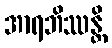
အာရဘိဿန္တိ